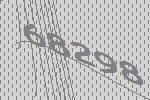
68298